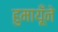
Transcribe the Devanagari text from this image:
हुमायूँने